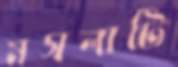
মসলাটি